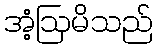
အံ့ဩမိသည်